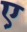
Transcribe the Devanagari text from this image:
ए़